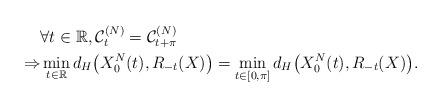
LaTeX: \begin{align*}&\forall t\in\mathbb{R},\mathcal{C}^{(N)}_t=\mathcal{C}^{(N)}_{t+\pi}\\\Rightarrow& \min_{t\in\mathbb{R}}d_H\big(X_0^{N}(t),R_{-t}(X)\big)=\min_{t\in[0,\pi]}d_H\big(X_0^{N}(t),R_{-t}(X)\big).\end{align*}